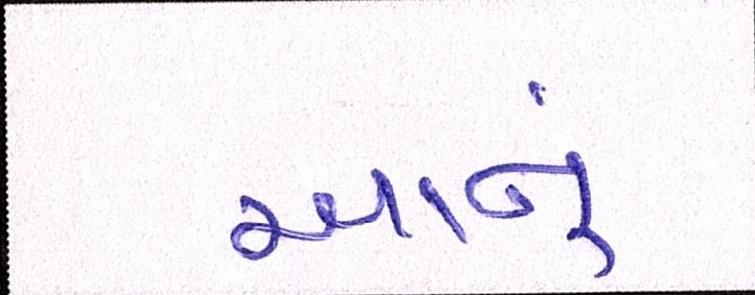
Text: આનું